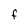
Character: F